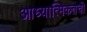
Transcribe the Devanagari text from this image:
आध्यात्मिकतेची